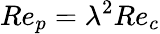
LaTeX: Re_{p}=\lambda^{2}Re_{c}